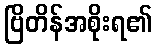
ဗြိတိန်အစိုးရ၏